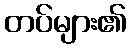
တပ်များ၏